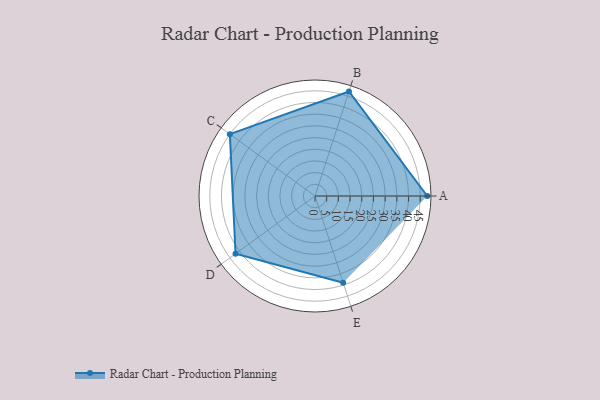
{"axis": {"x": "Skill", "y": "Score"}, "legend": ["Profile"], "data": [{"x": "A", "y": 48.0, "type": "Profile"}, {"x": "B", "y": 47.0, "type": "Profile"}, {"x": "C", "y": 45.0, "type": "Profile"}, {"x": "D", "y": 42.0, "type": "Profile"}, {"x": "E", "y": 39.0, "type": "Profile"}]}